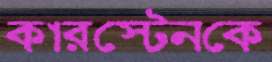
কারস্টেনকে